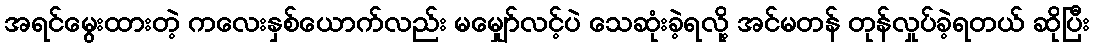
အရင်မွေးထားတဲ့ ကလေးနှစ်ယောက်လည်း မမျှော်လင့်ပဲ သေဆုံးခဲ့ရလို့ အင်မတန် တုန်လှုပ်ခဲ့ရတယ် ဆိုပြီး